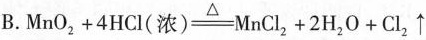
B. $$MnO_{2}+4HCl(浓)\xlongequal {\triangle }MmCl_{2}+2H_{2}O+Cl_{2}\uparrow $$